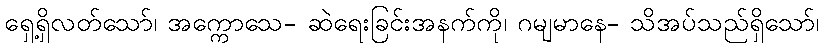
ရှေ့ရှိလတ်သော်၊ အက္ကောသေ- ဆဲရေးခြင်းအနက်ကို၊ ဂမျမာနေ- သိအပ်သည်ရှိသော်၊